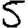
Digit: 5